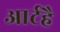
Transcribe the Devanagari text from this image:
आर्टहै